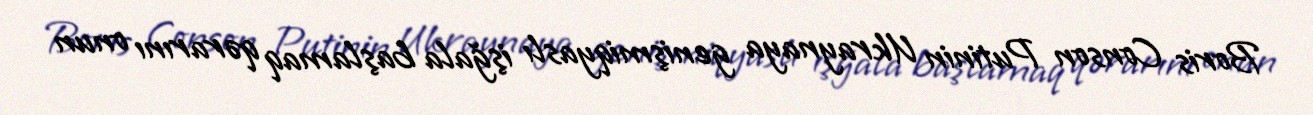
Boris Conson Putinin Ukraynaya genişmiqyaslı işğala başlamaq qərarını onun